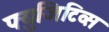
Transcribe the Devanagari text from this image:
फ्युजिटिव्स